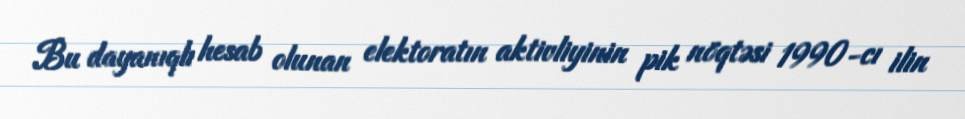
Bu dayanıqlı hesab olunan elektoratın aktivliyinin pik nöqtəsi 1990-cı ilin